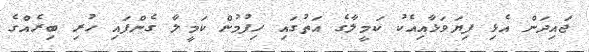
ޖައިދަން އެޅި ފިޔަވަޅާއިއެކު ކަމީލާގެ އަތުގައި ހިފުމުން ކަމީލާ ގެންފައި ހުރި ބިރެއްގެ